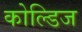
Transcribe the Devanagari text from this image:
कोल्डिज